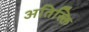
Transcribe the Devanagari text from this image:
अतिस्क्ति